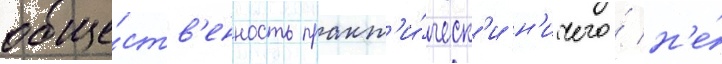
обще́ств'енность практ'и́ческ'и н'ичего́ н'е́